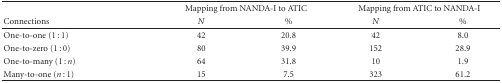
<table><thead><tr><td></td><td colspan="2"><b>Mapping from NANDA-I to ATIC</b></td><td colspan="2"><b>Mapping from ATIC to NANDA-I</b></td></tr><tr><td><b>Connections</b></td><td><b><i>N</i></b></td><td><b>%</b></td><td><b><i>N</i></b></td><td><b>%</b></td></tr></thead><tbody><tr><td>One-to-one (1 : 1)</td><td>42</td><td>20.8</td><td>42</td><td>8.0</td></tr><tr><td>One-to-zero (1 : 0)</td><td>80</td><td>39.9</td><td>152</td><td>28.9</td></tr><tr><td>One-to-many (1 : <i>n</i>)</td><td>64</td><td>31.8</td><td>10</td><td>1.9</td></tr><tr><td>Many-to-one (<i>n</i> : 1)</td><td>15</td><td>7.5</td><td>323</td><td>61.2</td></tr></tbody></table>